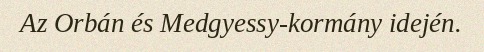
Az Orbán és Medgyessy-kormány idején.